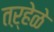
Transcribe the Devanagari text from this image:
तऱ्हेळे